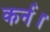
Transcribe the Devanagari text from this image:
कर्न।